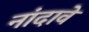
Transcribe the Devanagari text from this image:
नांदावे